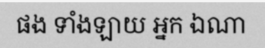
ផង ទាំងឡាយ អ្នក ឯណា